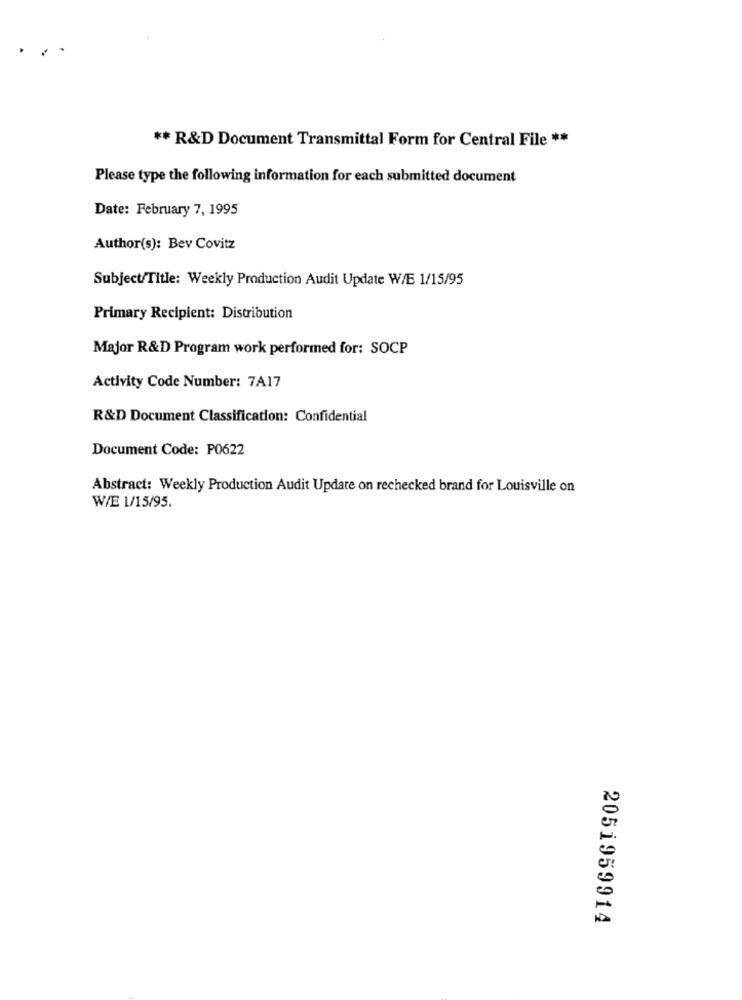
** R&D Document Transmittal Form for Central File **
Please type the following information for each submitted document
Date: February 7, 1995
Author(s): Bev Covitz
Subject/Title: Weekly Production Audit Update W/E 1/15/95
Primary Recipient: Distribution
Major R&D Program work performed for: SOCP
Activity Code Number: 7A17
R&D Document Classification: Confidential
Document Code: P0622
Abstract: Weekly Production Audit Update on rechecked brand for Louisville on
W/E 1/15/95.
2051959914